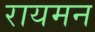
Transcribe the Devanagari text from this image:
रायमन